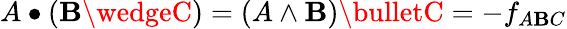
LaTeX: A\bullet(\mathbf{B}\wedgeC)=(A\wedge\mathbf{B})\bulletC=-f_{A\mathbf{B}C}